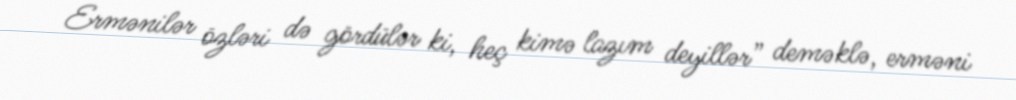
Ermənilər özləri də gördülər ki, heç kimə lazım deyillər” deməklə, erməni